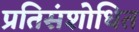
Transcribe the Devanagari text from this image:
प्रतिसंशोधित